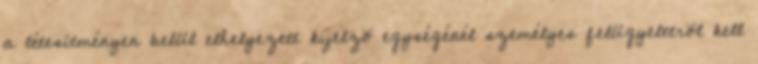
a létesítményen belül elhelyezett kijelzõ egységénél személyes felügyeletrõl kell